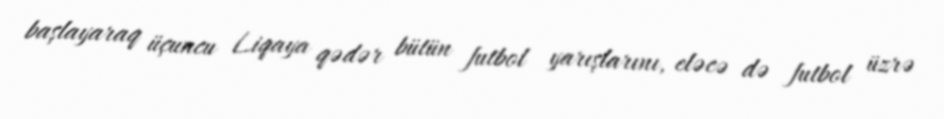
başlayaraq üçuncu Liqaya qədər bütün futbol yarışlarını, eləcə də futbol üzrə